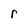
Character: r